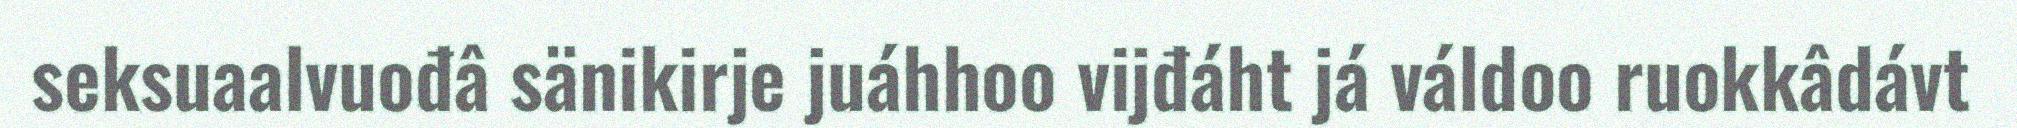
seksuaalvuođâ sänikirje juáhhoo vijđáht já váldoo ruokkâdávt